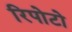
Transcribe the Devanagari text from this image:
रिपोटो